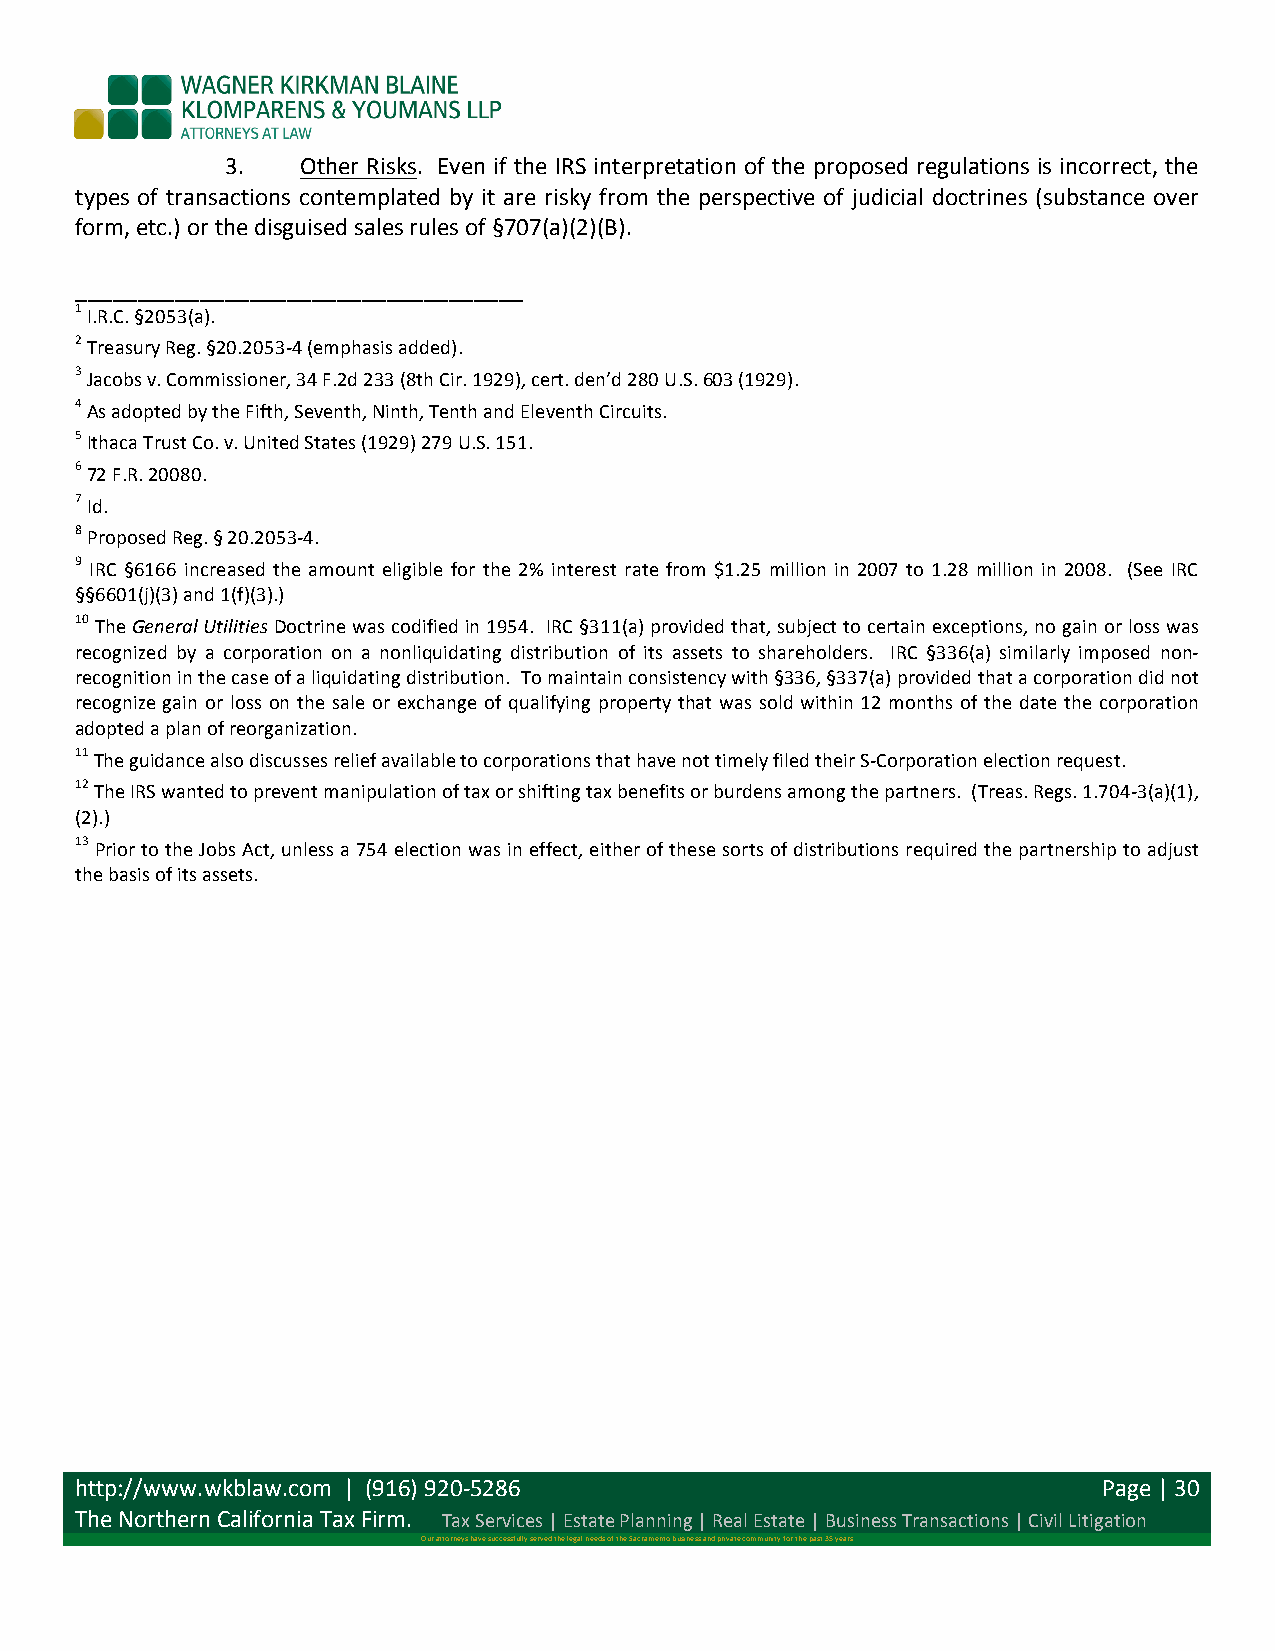
3.   Other Risks. Even if the IRS interpretation of the proposed regulations is incorrect, the
 types of transactions contemplated by it are risky from the perspective of judicial doctrines (substance over
 form, etc.) or the disguised sales rules of §707(a)(2)(B).
 ____________________________________
 1 I.R.C. §2053(a).
 2 Treasury Reg. §20.2053-­‐4 (emphasis added).
 3 Jacobs v. Commissioner, 34 F.2d 233 (8th Cir. 1929), cert. den’d 280 U.S. 603 (1929).
 4 As adopted by the Fifth, Seventh, Ninth, Tenth and Eleventh Circuits.
 5 Ithaca Trust Co. v. United States (1929) 279 U.S. 151.
 6 72 F.R. 20080.
 7 Id.
 8 Proposed Reg. § 20.2053-­‐4.
 9 IRC §6166 increased the amount eligible for the 2% interest rate from $1.25 million in 2007 to 1.28 million in 2008. (See IRC
 §§6601(j)(3) and 1(f)(3).)
 10 The General Utilities Doctrine was codified in 1954. IRC §311(a) provided that, subject to certain exceptions, no gain or loss was
 recognized by a corporation on a nonliquidating distribution of its assets to shareholders. IRC §336(a) similarly imposed non-­‐
 recognition in the case of a liquidating distribution. To maintain consistency with §336, §337(a) provided that a corporation did not
 recognize gain or loss on the sale or exchange of qualifying property that was sold within 12 months of the date the corporation
 adopted a plan of reorganization.
 11 The guidance also discusses relief available to corporations that have not timely filed their S-­‐Corporation election request.
 12 The IRS wanted to prevent manipulation of tax or shifting tax benefits or burdens among the partners. (Treas. Regs. 1.704-­‐3(a)(1),
 (2).)
 13 Prior to the Jobs Act, unless a 754 election was in effect, either of these sorts of distributions required the partnership to adjust
 the basis of its assets.
 http://www.wkblaw.com | (916) 920-­‐5286                            Page | 30
 The Northern California Tax Firm. Tax Services | Estate Planning | Real Estate | Business Transactions | Civil Litigation
 Our attorneys have successfully served the legal needs of the Sacramento business and private community for the past 35 years